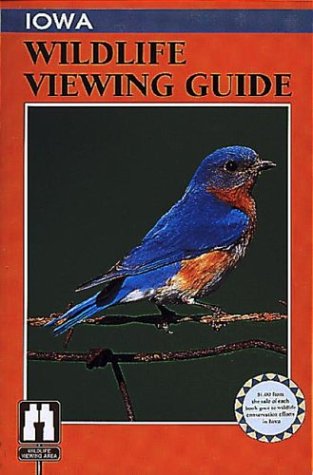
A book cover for Iowa Wildlife Viewing Guide; Stephen Dinsmore; Travel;